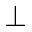
\perp